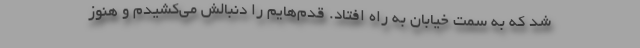
شد که به سمت خیابان به راه افتاد. قدم‌هایم را دنبالش می‌کشیدم و هنوز